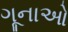
ગૂનાઓ